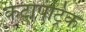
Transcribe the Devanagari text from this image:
केटोपट्रिक